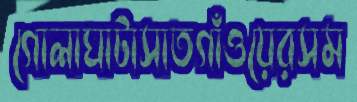
গোলাঘাটাসাতগাঁওয়েরসম